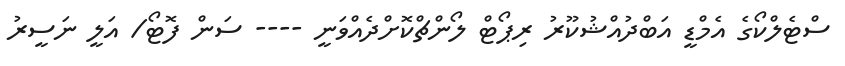
ސްޓެލްްކޯގެ އެމްޑީ އަބްދުއްޝުކޫރު ރިޕޯޓް ލޯންޗްކޮށްދެއްވަނީ ---- ސަން ފޮޓޯ/ އަލީ ނަސީރު